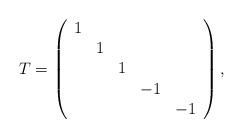
LaTeX: \begin{align*}T = \left( \begin{array}{ccccc} 1 &&&& \\ &1&&& \\ &&1&& \\ &&&-1& \\ &&&&-1 \end{array} \right),\end{align*}